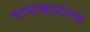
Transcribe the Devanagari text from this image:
भामाकलापम